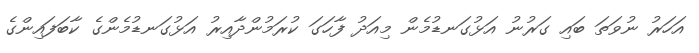
އަހަރު ނުވަތަ ބައި ގަރުނު އަޅުގަނޑުމެން މިއަދު ފާހަގަ ކުރަމުންދާއިރު އަޅުގަނޑުމެންގެ ކާބަފައިންގެ